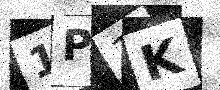
Text: 1P1K